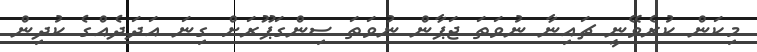
މިކަން ކުރެވޭނީ ޗައިނާ ނުވަތަ ޖަޕާން ނުވަތަ ސިންގަޕޫރަށް ގިނަ އަދަދެއްގެ ކުދިން